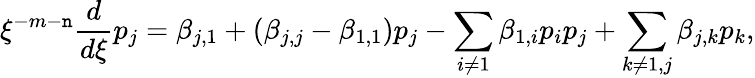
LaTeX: \xi^{-m-\mathtt{n}}\frac{{d}}{{d\xi}}p_{j}=\beta_{j,1}+(\beta_{j,j}-\beta_{1,1})p_{j}-\sum_{i\ne1}\beta_{1,i}p_{i}p_{j}+\sum_{k\ne1,j}\beta_{j,k}p_{k},